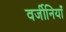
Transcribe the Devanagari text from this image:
वर्जीनियाँ